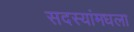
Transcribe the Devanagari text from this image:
सदस्यांमधला